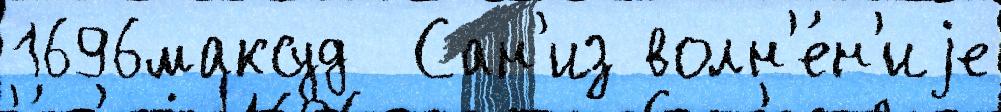
1696максуд  Сан'из волн'е́н'иjе